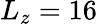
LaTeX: L_{z}=16